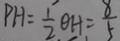
P H = \frac { 1 } { 2 } \theta H = \frac { 8 } { 5 }